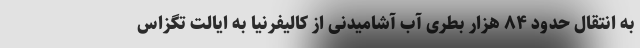
به انتقال حدود ۸۴ هزار بطری آب آشامیدنی از کالیفرنیا به ایالت تگزاس